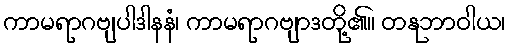
ကာမရာဂဗျပါဒါနနံ၊ ကာမရာဂဗျာဒတို့၏။ တနုဘာဝါယ၊